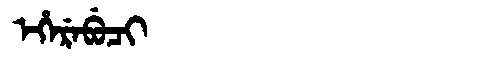
Manchu: ᡝᡥᡝᡵᡝᠪᡠᠴᡳ
Romanization: EHEREBUCI